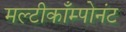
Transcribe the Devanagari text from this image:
मल्टीकाँम्पोनंट